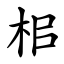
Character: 㭒